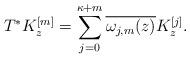
LaTeX: \begin{align*}T^*K_z^{[m]}=\sum_{j=0}^{\kappa+m}\overline{\omega_{j,m}(z)}K_z^{[j]}.\end{align*}